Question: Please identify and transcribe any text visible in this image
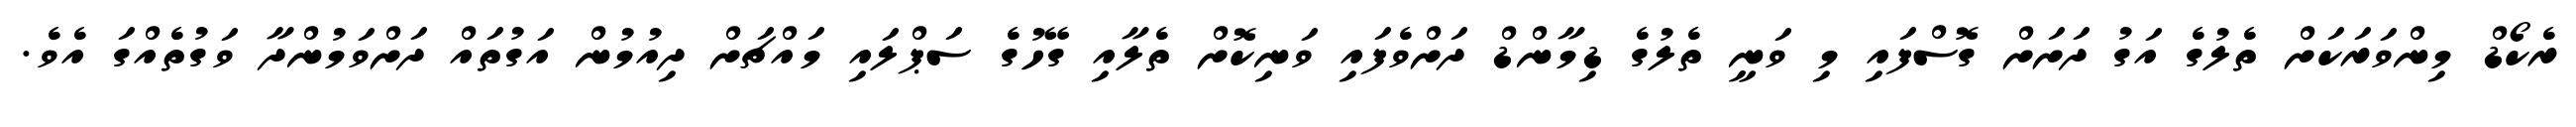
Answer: ރެކޯޑް މިންވަރަކަށް ތެލުގެ އަގު ދަށަށް ގޮސްފައި މި ވަނީ ތެލުގެ ޑިމާންޑް ދަށްވެފައި ވަނިކޮށް ތެލާއި ގޭހުގެ ސަޕްލައި މައްޗަށް ދިއުމުން އަގުތައް ދަށްވަމުންދާ ވަގުތެއްގަ އެވެ.